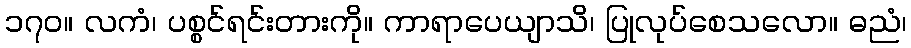
၁၇၀။ လကံ၊ ပစ္စင်ရင်းတားကို။ ကာရာပေယျာသိ၊ ပြုလုပ်စေသလော။ ဓညံ၊